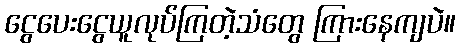
ငွေပေးငွေယူလုပ်ကြတဲ့သံတွေ ကြားနေကျပဲ။